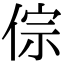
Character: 倧